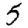
Digit: 5